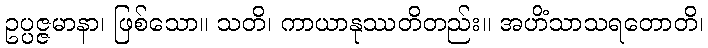
ဥပ္ပဇ္ဇမာနာ၊ ဖြစ်သော။ သတိ၊ ကာယာနုဿတိတည်း။ အဟိံသာသရတောတိ၊